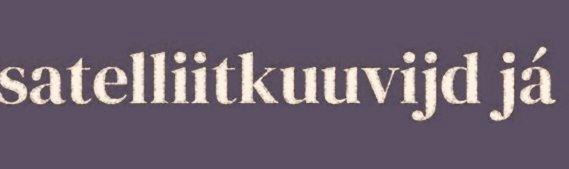
satelliitkuuvijd já